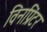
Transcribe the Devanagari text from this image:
विनप्रिंटर